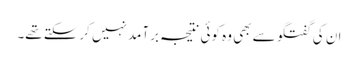
ان کی گفتگو سے بھی وہ کوئی نتیجہ برآمد نہیں کرسکتے تھے۔